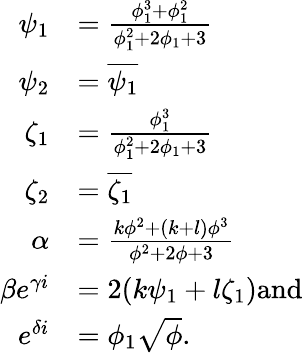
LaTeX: \begin{array}{rl}{\psi_{1}}&{=\frac{\phi_{1}^{3}+\phi_{1}^{2}}{\phi_{1}^{2}+2\phi_{1}+3}}\\ {\psi_{2}}&{=\overline{{\psi_{1}}}}\\ {\zeta_{1}}&{=\frac{\phi_{1}^{3}}{\phi_{1}^{2}+2\phi_{1}+3}}\\ {\zeta_{2}}&{=\overline{{\zeta_{1}}}}\\ {\alpha}&{=\frac{k\phi^{2}+(k+l)\phi^{3}}{\phi^{2}+2\phi+3}}\\ {\beta e^{\gamma i}}&{=2(k\psi_{1}+l\zeta_{1})\textrm{and}}\\ {e^{\delta i}}&{=\phi_{1}\sqrt{\phi}.}\end{array}